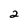
Character: 2